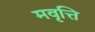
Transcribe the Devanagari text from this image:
मवृत्ति